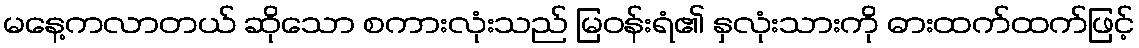
မနေ့ကလာတယ် ဆိုသော စကားလုံးသည် မြဝန်းရံ၏ နှလုံးသားကို ဓားထက်ထက်ဖြင့်